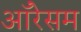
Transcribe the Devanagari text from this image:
ऑरेसम